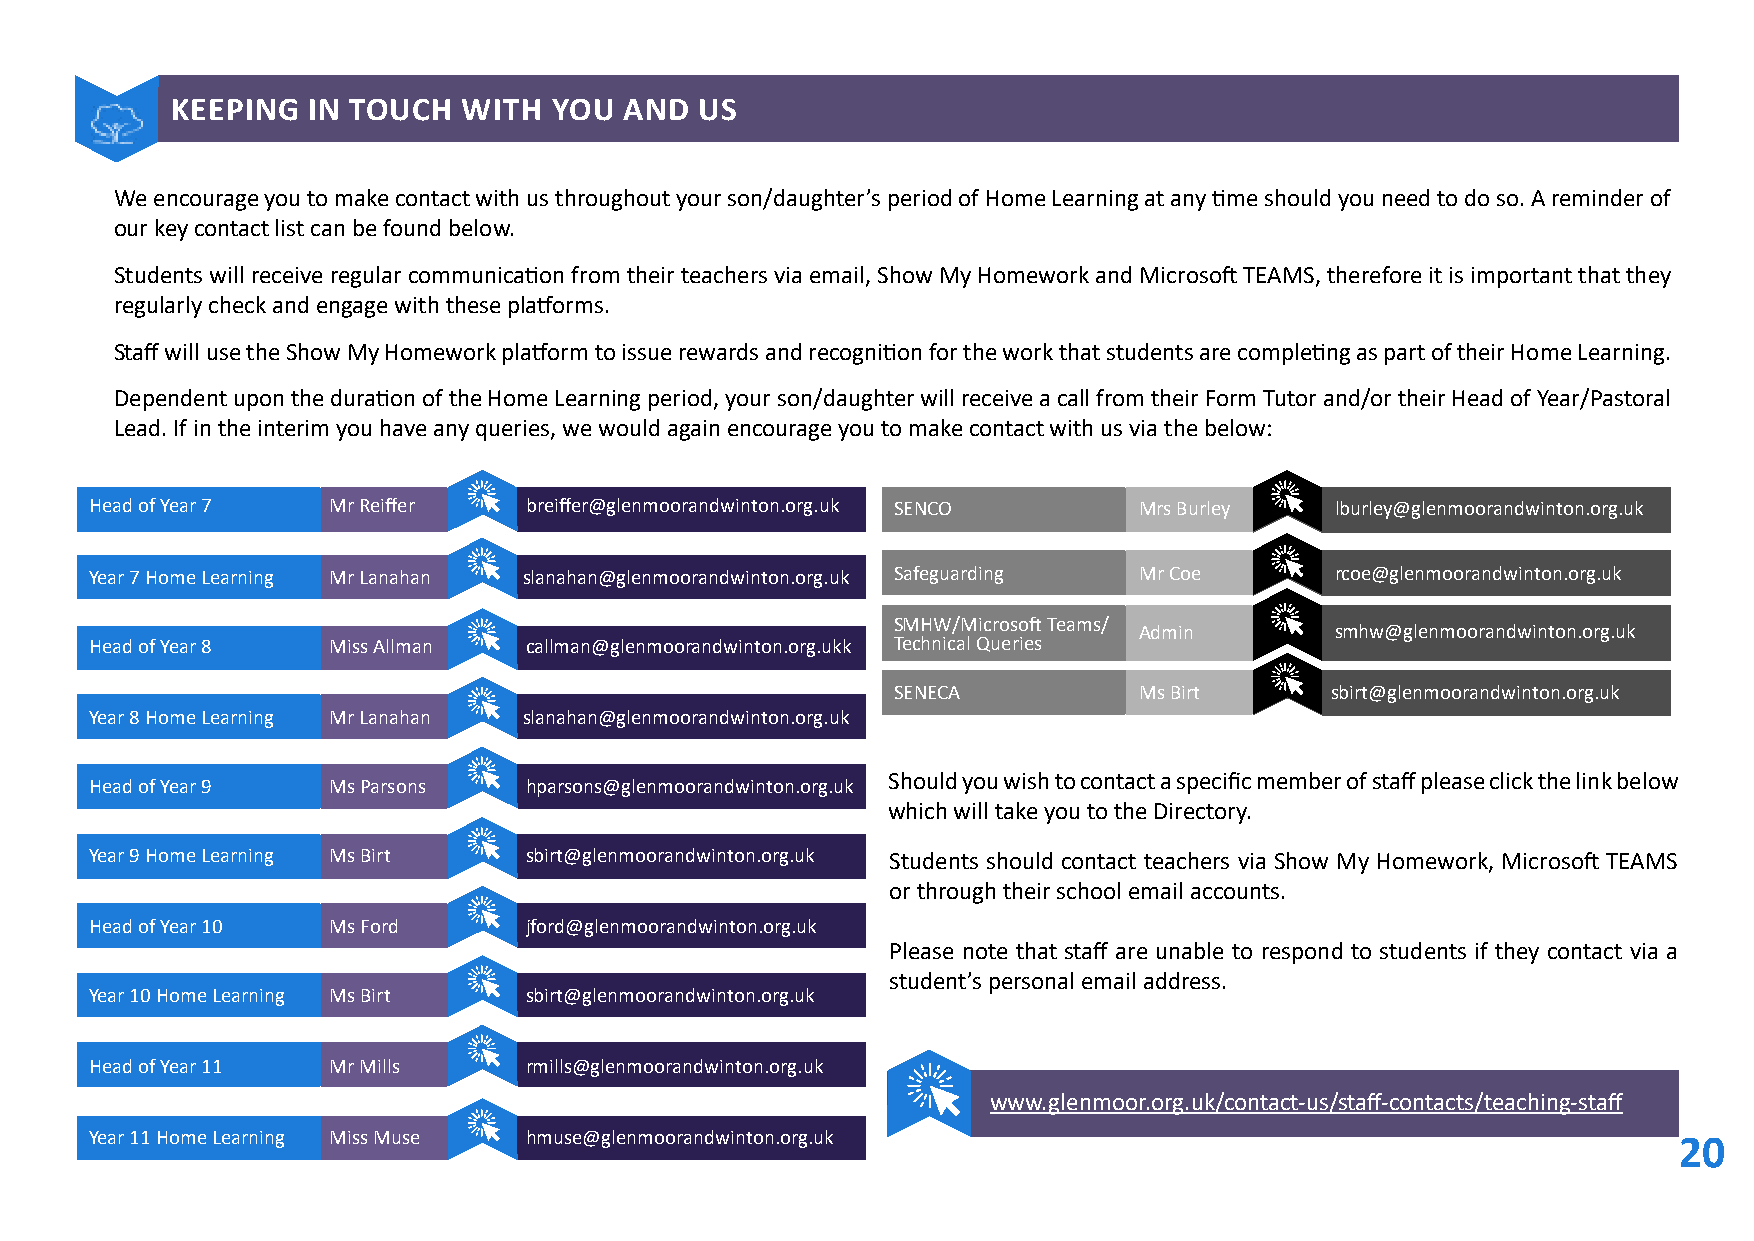
KEEPING  IN TOUCH   WITH  YOU AND  US
 We encourage you to make contact with us throughout your son/daughter’s period of Home Learning at any time should you need to do so. A reminder of
 our key contact list can be found below.
 Students will receive regular communication from their teachers via email, Show My Homework and Microsoft TEAMS, therefore it is important that they
 regularly check and engage with these platforms.
 Staff will use the Show My Homework platform to issue rewards and recognition for the work that students are completing as part of their Home Learning.
 Dependent upon the duration of the Home Learning period, your son/daughter will receive a call from their Form Tutor and/or their Head of Year/Pastoral
 Lead. If in the interim you have any queries, we would again encourage you to make contact with us via the below:
 Head of Year 7  Mr Reiffer   breiffer@glenmoorandwinton.org.uk SENCO Mrs Burley   lburley@glenmoorandwinton.org.uk
 Year 7 Home Learning Mr Lanahan slanahan@glenmoorandwinton.org.uk Safeguarding Mr Coe rcoe@glenmoorandwinton.org.uk
 SMHW/Microsoft Teams/
 Admin        smhw@glenmoorandwinton.org.uk
 Head of Year 8  Miss Allman  callman@glenmoorandwinton.org.ukk Technical Queries
 SENECA          Ms Birt      sbirt@glenmoorandwinton.org.uk
 Year 8 Home Learning Mr Lanahan slanahan@glenmoorandwinton.org.uk
 Should you wish to contact a specific member of staff please click the link below
 Head of Year 9  Ms Parsons   hparsons@glenmoorandwinton.org.uk
 which will take you to the Directory.
 Year 9 Home Learning Ms Birt sbirt@glenmoorandwinton.org.uk Students should contact teachers via Show My Homework, Microsoft TEAMS
 or through their school email accounts.
 Head of Year 10 Ms Ford      jford@glenmoorandwinton.org.uk
 Please note that staff are unable to respond to students if they contact via a
 student’s personal email address.
 Year 10 Home Learning Ms Birt sbirt@glenmoorandwinton.org.uk
 Head of Year 11 Mr Mills     rmills@glenmoorandwinton.org.uk
 www.glenmoor.org.uk/contact-us/staff-contacts/teaching-staff
 Year 11 Home Learning Miss Muse hmuse@glenmoorandwinton.org.uk
 20